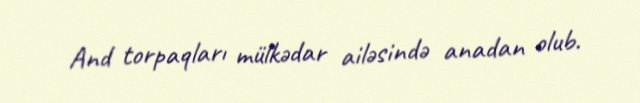
And torpaqları mülkədar ailəsində anadan olub.